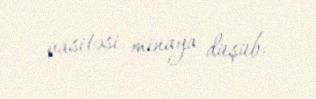
vasitəsi minaya düşüb.